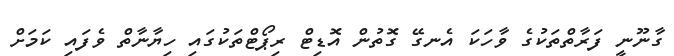
ގާނޫނީ ފަރާތްތަކުގެ ވާހަކަ އެނގޭ ގޮތުން އޮޑިޓް ރިޕޯޓްތަކުގައި ހިޔާނާތް ވެފައި ކަމަށް